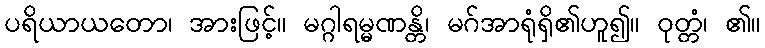
ပရိယာယတော၊ အားဖြင့်။ မဂ္ဂါရမ္မဏန္တိ၊ မဂ်အာရုံရှိ၏ဟူ၍။ ဝုတ္တံ၊ ၏။